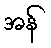
အန်